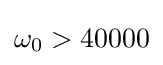
\omega _{0}>40000